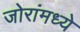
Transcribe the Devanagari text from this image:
जोरांमध्ये